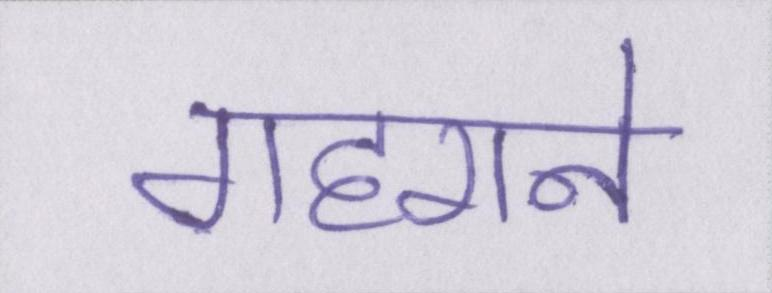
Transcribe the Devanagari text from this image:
गहराने